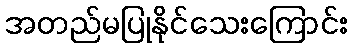
အတည်မပြုနိုင်သေးကြောင်း